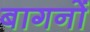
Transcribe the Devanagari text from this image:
बागनों